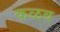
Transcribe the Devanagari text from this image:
कळव